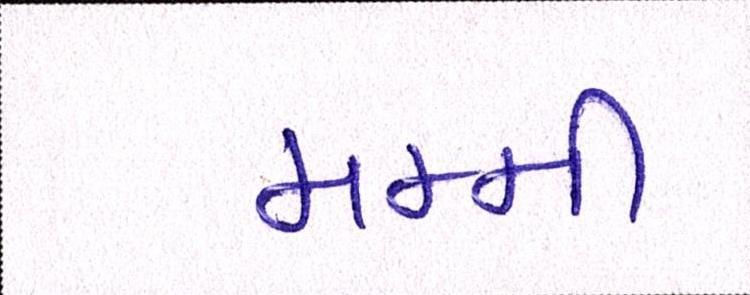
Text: મમ્મી